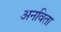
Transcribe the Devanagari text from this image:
अनविता